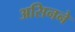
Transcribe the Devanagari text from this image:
असिनने